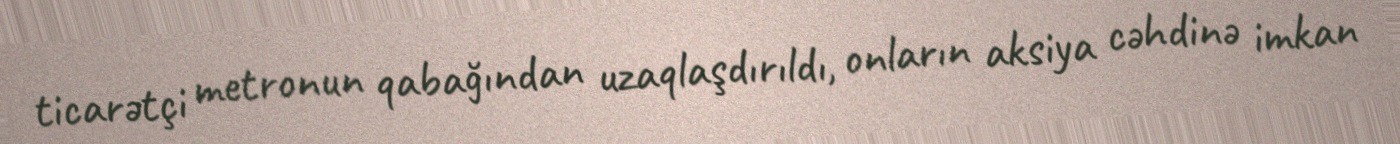
ticarətçi metronun qabağından uzaqlaşdırıldı, onların aksiya cəhdinə imkan